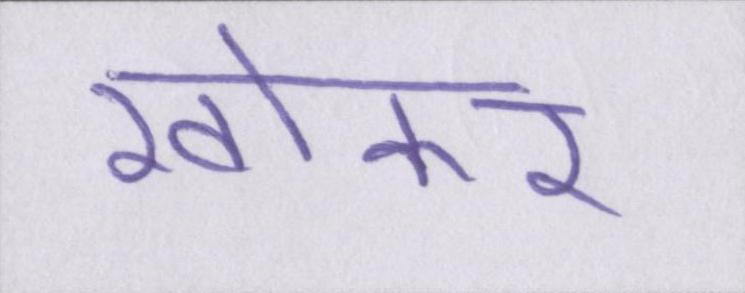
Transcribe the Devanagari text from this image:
खोकर